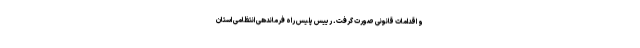
و اقدامات قانونی صورت گرفت. رییس پلیس راه فرماندهی انتظامی استان